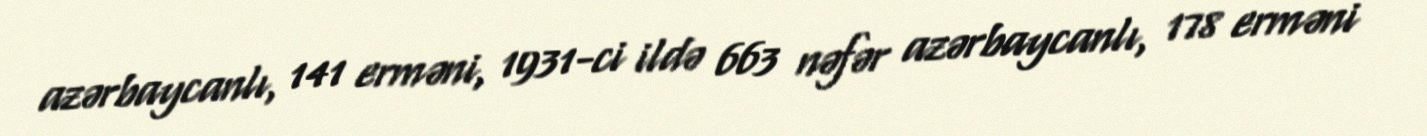
azərbaycanlı, 141 erməni, 1931-ci ildə 663 nəfər azərbaycanlı, 178 erməni